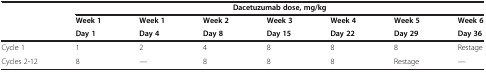
| <ROWSPAN=3>  | <COLSPAN=7> Dacetuzumab dose, mg/kg |
 | Week 1 | Week 1 | Week 2 | Week 3 | Week 4 | Week 5 | Week 6 |
 | Day 1 | Day 4 | Day 8 | Day 15 | Day 22 | Day 29 | Day 36 |
 | --- | --- | --- | --- | --- | --- | --- | --- |
 | Cycle 1 | 1 | 2 | 4 | 8 | 8 | 8 | Restage |
 | Cycles 2-12 | 8 | — | 8 | 8 | 8 | Restage | — |